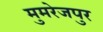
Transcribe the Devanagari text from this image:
मुमरेजपुर